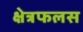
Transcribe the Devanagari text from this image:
क्षेत्रफलस